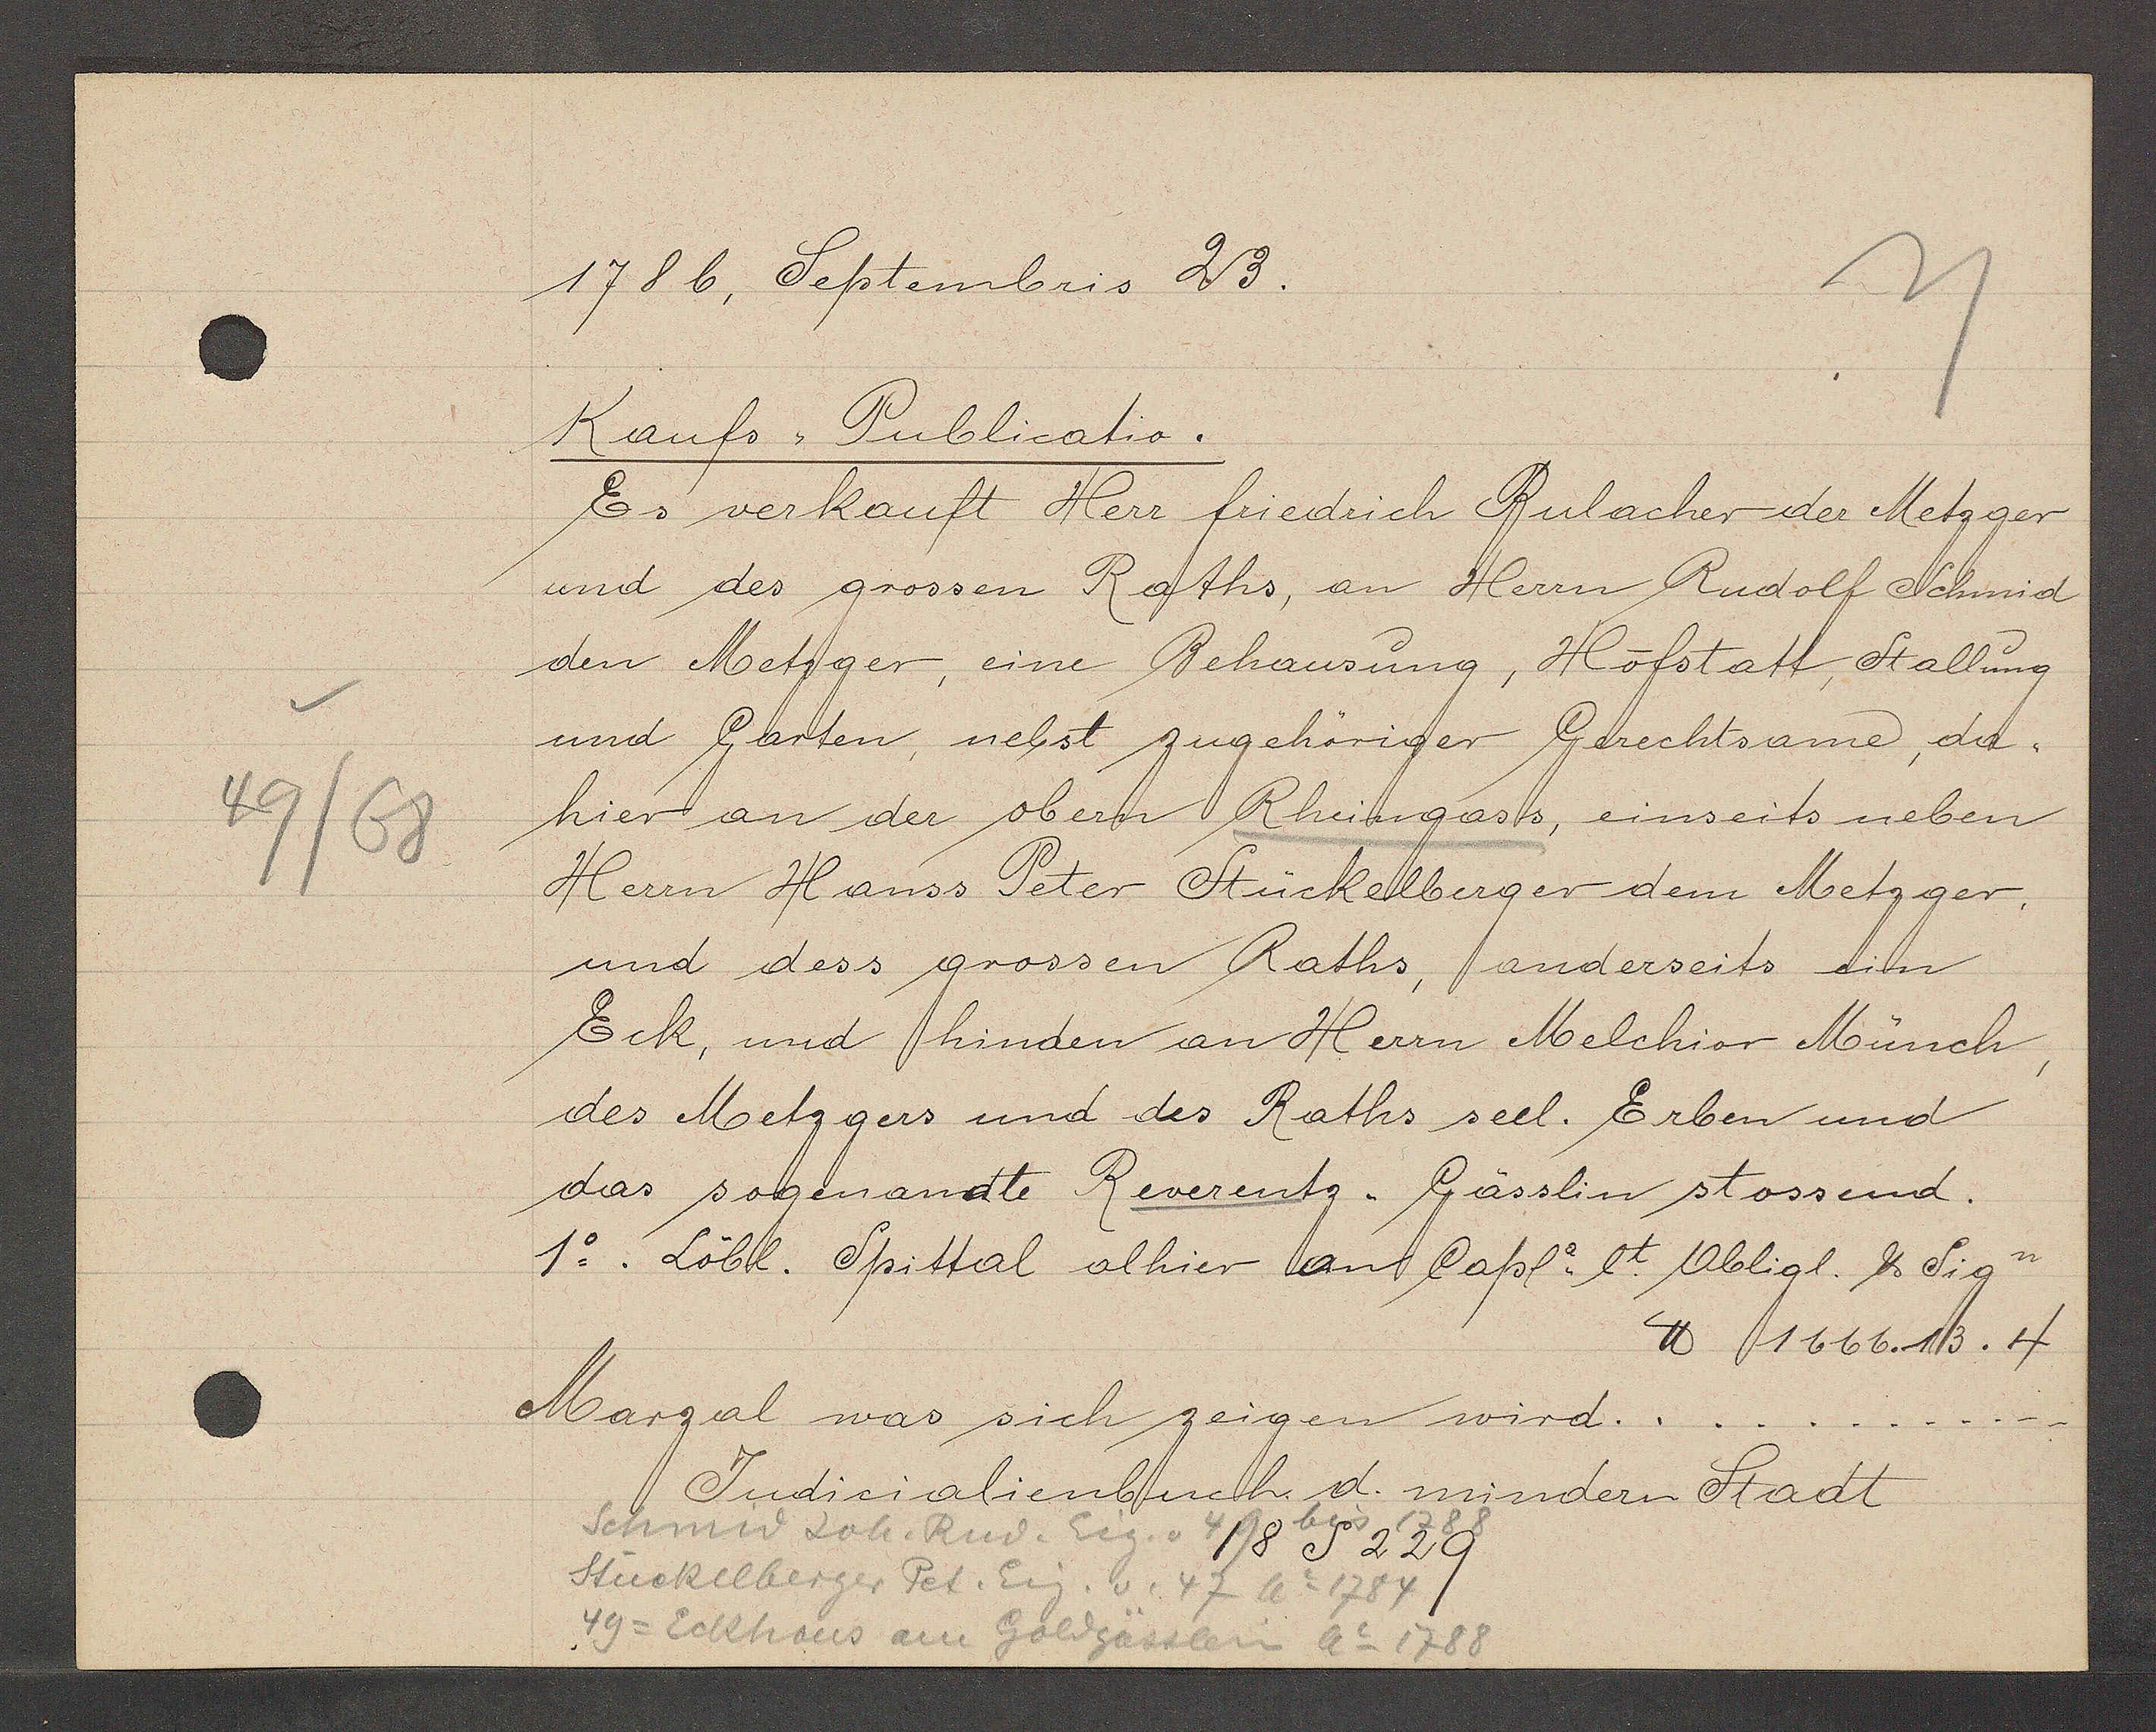
Transcript:
49/68

1786. Septembris 23.

Kaufs-Publicatio.
Es verkauft Herr friedrich Bulacher der Metzer
und des grossen Raths, an Herrn Rudolf Schnid
den Metzger, eine Behausung, Hofstatt, Stallung
und Garten, nebst zugehöriger Gerechtsame, da¬
hier an der obern Rheingass, einseits neben
Herrn Hanss Peter Stückelberger dem Metzger,
und dess grossen Raths, anderseits am
Eck, und hinden an Herrn Melchior Münch,
des Metzgers und des Raths seel. Erben und
das sogenandte Reverentz. Gässlin stossend.
1o. Löbl. Spittal olhier an Capl. et Oblig. ư Sign
℔ 1666.13. 4
Marzal was sich zeigen wird.
bis

Judicialienbuch d. mindern Stadt

Schmid Joh. Rud. Eig. v 49 1788
18 S 229
Stückelberger Pet. Eig. v. 47 Ao 1784
49 = Eckhaus am Golgässlein Ao 1788